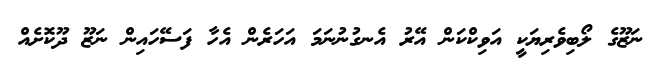
ނަޒޫގެ ލޯބިވެރިޔަކީ އަވިކްކަން އޭރު އެނގުނުނަމަ އަހަރެން އެހާ ފަސޭހައިން ނަޒޫ ދޫކޮށެއް